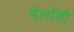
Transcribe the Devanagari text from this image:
मेलॉडी